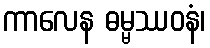
ကာလေန ဓမ္မဿဝနံ၊